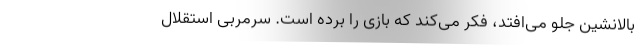
بالانشین جلو می‌افتد، فکر می‌کند که بازی را برده است. سرمربی استقلال